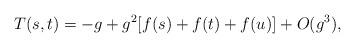
LaTeX: \begin{align*}T(s,t)=-g+g^2[f(s)+f(t)+f(u)]+O(g^3),\end{align*}